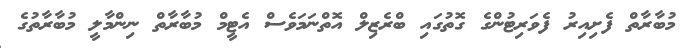
މުބާރާތް ފެށިއިރު ފެވަރިޓުންގެ ގޮތުގައި ބްރެޒިލް އޮތްނަމަވެސް އެޓީމް މުބާރާތް ނިންމާލީ މުބާރާތުގެ